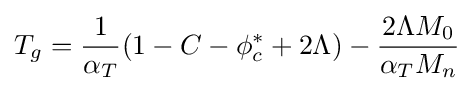
{T_{g}}={\frac {1}{\alpha _{T}}}(1-C-\phi _{c}^{*}+2\Lambda )-{\frac {2\Lambda M_{0}}{\alpha _{T}M_{n}}}